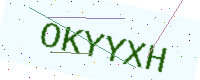
Text: OKYYXH